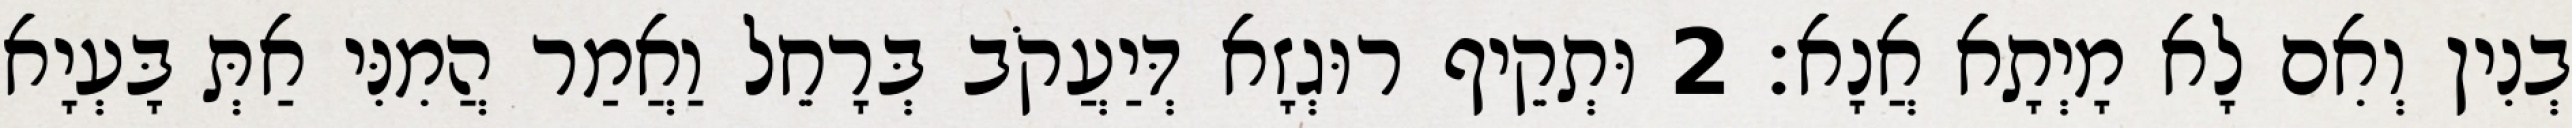
בְנִין וְאִם לָא מָיְתָא אֲנָא׃ 2 וּתְקֵיף רוּגְזָא דְּיַעֲקֹב בְּרָחֵל וַאֲמַר הֲמִנִּי אַתְּ בָּעְיָא